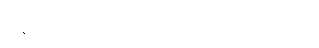
နန်းတော်သို့ ရောက်သွားကြ သည်။